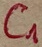
Text: C1